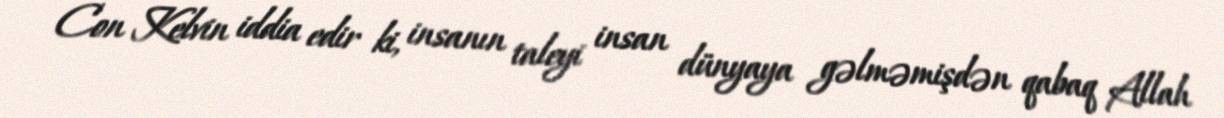
Con Kelvin iddia edir ki, insanın taleyi insan dünyaya gəlməmişdən qabaq Allah